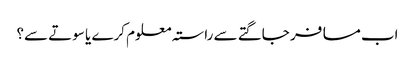
اب مسافر جاگتے سے راستہ معلوم کرے یا سوتے سے؟